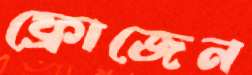
ফ্রোজেন